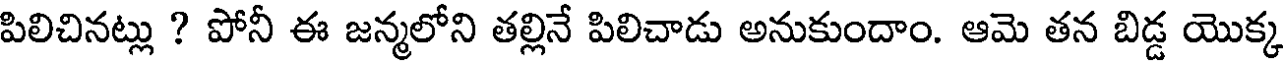
పిలిచినట్లు ? పోనీ ఈ జన్మలోని తల్లినే పిలిచాడు అనుకుందాం. ఆమె తన బిడ్డ యొక్క